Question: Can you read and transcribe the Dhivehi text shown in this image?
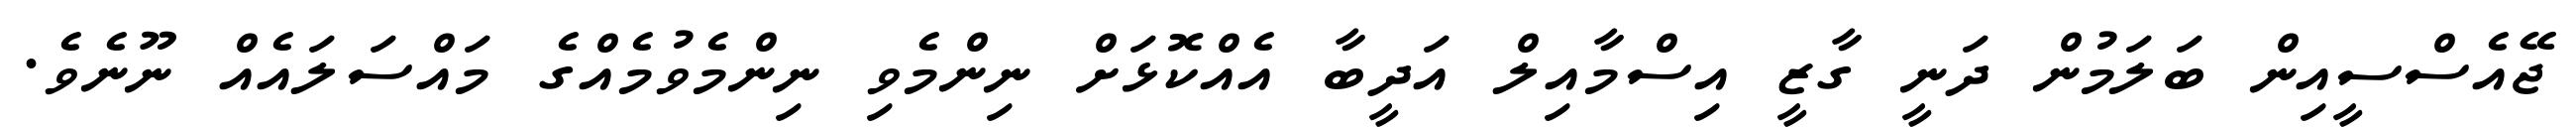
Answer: ޖޭއެސްސީއިން ބަލަމުން ދަނީ ގާޒީ އިސްމާއިލް އަދީބާ އެއްކޮޅަށް ނިންމެވި ނިންމެވުމެއްގެ މައްސަލައެއް ނޫނެވެ.